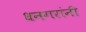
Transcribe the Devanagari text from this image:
धनगरांनी